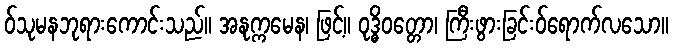
ဝ်သုမနဘုရားကောင်းသည်။ အနုက္ကမေန၊ ဖြင့်။ ဝုဒ္ဓိဝတ္တော၊ ကြီးဖွားခြင်းဝ်ရောက်လသော။